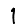
Digit: 1